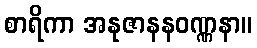
စာရိကာ အနုဇာနနဝဏ္ဏနာ။